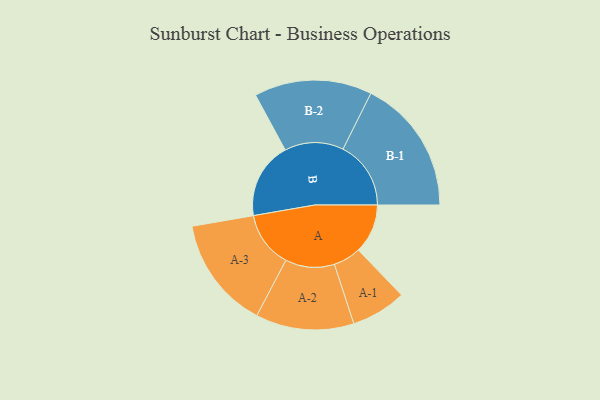
{"axis": {"x": "Segment", "y": "Value"}, "legend": ["", "A", "B"], "data": [{"x": "A", "y": 197, "type": ""}, {"x": "B", "y": 305, "type": ""}, {"x": "A-1", "y": 110, "type": "A"}, {"x": "A-2", "y": 196, "type": "A"}, {"x": "A-3", "y": 224, "type": "A"}, {"x": "B-1", "y": 271, "type": "B"}, {"x": "B-2", "y": 235, "type": "B"}]}